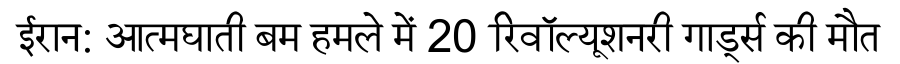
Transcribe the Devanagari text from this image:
ईरान: आत्मघाती बम हमले में 20 रिवॉल्यूशनरी गार्ड्स की मौत